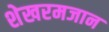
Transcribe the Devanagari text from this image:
शेखरमजान